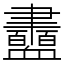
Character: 衋